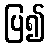
ပြ၍